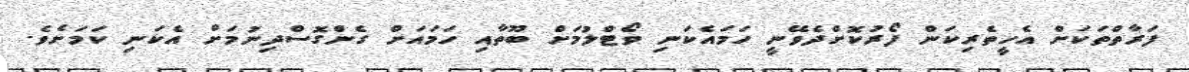
ފަރާތްތަކަށް އެހީތެރިކަން ފޯރުކޮށްދެވޭނީ ހަމައެކަނި ވޯޓްލުމަށް ބޫތާއި ހަމައަށް ގެންގޮސްދިނުމަށް އެކަނި ކަމަށެވެ.